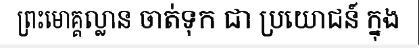
ព្រះមោគ្គល្លាន ចាត់ទុក ជា ប្រយោជន៍ ក្នុង